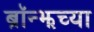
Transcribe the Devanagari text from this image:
ब्रॉन्झच्या